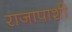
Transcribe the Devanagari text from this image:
राजापाशी